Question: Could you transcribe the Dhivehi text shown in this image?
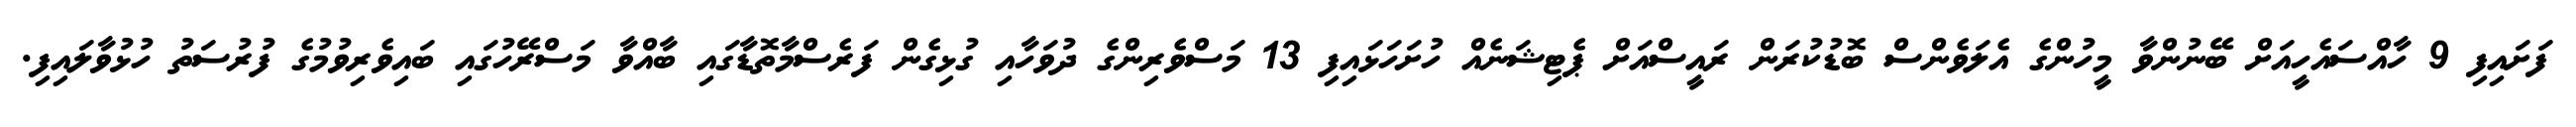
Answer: ފަށައިފި 9 ހާއްސައެހީއަށް ބޭނުންވާ މީހުންގެ އެލަވެންސް ބޮޑުކުރަން ރައީސްއަށް ޕެޓިޝަނެއް ހުށަހަޅައިފި 13 މަސްވެރިންގެ ދުވަހާއި ގުޅިގެން ފަރެސްމާތޮޑާގައި ބާއްވާ މަސްރޭހުގައި ބައިވެރިވުމުގެ ފުރުސަތު ހުޅުވާލައިފި.